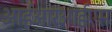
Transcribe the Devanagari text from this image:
आईआरआईएस